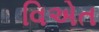
વિએત